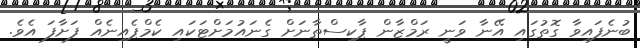
ބުނެފައިވާ ގޮތުގައި އޭނާ ވަނީ ރަމްޒާން ޕާކިސްތާނަށް ގެނައުމަށްޓަކައި ކެމްޕެއިނެއް ފަށާފަ އެވެ.